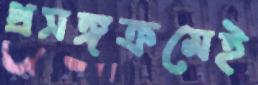
প্রসঙ্গক্রমেই